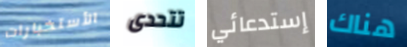
الأستخبارات تتحدى إستدعائي هناك